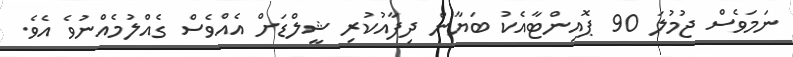
ނަމަވެސް ޖުމުލަ 90 ޕޮއިންޓާއެކު ބަޔާން ދިފާއުކުރި ޝީލްޑަށް އެއްވެސް ގެއްލުމެއްނުވެ އެވެ.